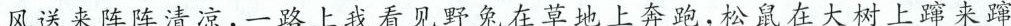
风送来阵阵清凉，一路上我看见野兔在草地上奔跑，松鼠在大树上蹿来蹿